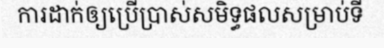
ការដាក់ឲ្យប្រើប្រាស់សមិទ្ធផលសម្រាប់ទី